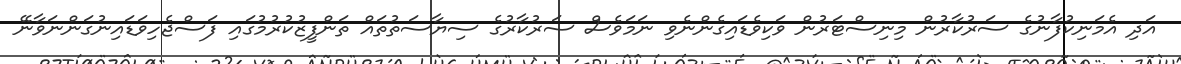
އަދި އެމަނިކުފާނުގެ ސަރުކާރުން މިނިސްޓަރުން ވަކިވެޑައިގެންނެވި ނަމަވެސް ސަރުކާރުގެ ސިޔާސަތުތައް ތަންފީޒުކުރުމުގައި ފަސްޖެހިވަޑައިނުގަންނަވާނޭ